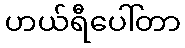
ဟယ်ရီပေါ်တာ